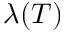
\lambda ( T )